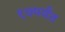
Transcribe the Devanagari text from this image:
१७पर्यंत